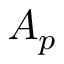
A _ { p }